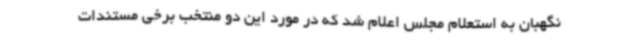
نگهبان به استعلام مجلس اعلام شد که در مورد این دو منتخب برخی مستندات